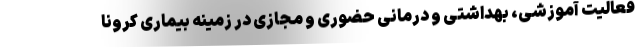
فعالیت آموزشی، بهداشتی و درمانی حضوری و مجازی در زمینه بیماری کرونا